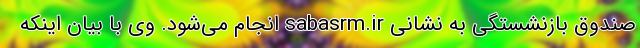
صندوق بازنشستگی به نشانی sabasrm.ir انجام می‌شود. وی با بیان اینکه